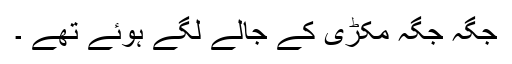
جگہ جگہ مکڑی کے جالے لگے ہوئے تھے ۔